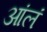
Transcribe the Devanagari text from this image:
आंलं